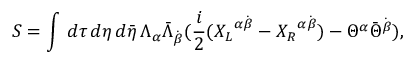
S = \int \, d \tau \, d \eta \, d { \bar { \eta } } \, \Lambda _ { \alpha } { \bar { \Lambda } } _ { \dot { \beta } } ( { \frac { i } { 2 } } ( { X _ { L } } ^ { \alpha \dot { \beta } } - { X _ { R } } ^ { \alpha \dot { \beta } } ) - \Theta ^ { \alpha } { \bar { \Theta } } ^ { \dot { \beta } } ) ,